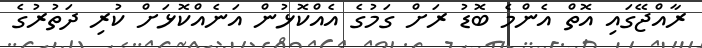
ރާއްޖޭގައި އޮތް އެންމެ ބޮޑު ރަށް ގަމުގެ އެއްކޮޅުން އަނެއްކޮޅަށް ކުރި ދަތުރުގެ